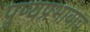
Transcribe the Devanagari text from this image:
पुण्यप्रभावाच